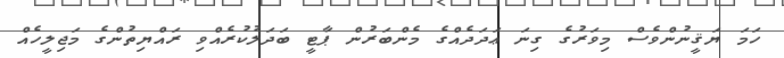
ހަމަ ޔަޤީނުންވެސް މިވަރުގެ ގިނަ ޢަދަދެއްގެ މެންބަރުން ޕާޓީ ބަދަލުކުރެއްވި ރައްޔިތުންގެ މަޖިލީހެއް